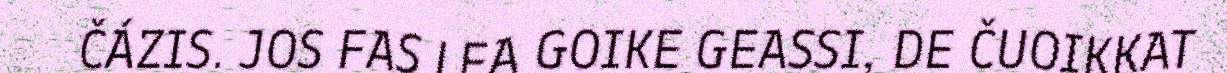
ČÁZIS. JOS FAS LEA GOIKE GEASSI, DE ČUOIKKAT